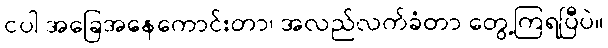
ငပါ အခြေအနေကောင်းတာ၊ အလည်လက်ခံတာ တွေ့ကြရပြီပဲ။